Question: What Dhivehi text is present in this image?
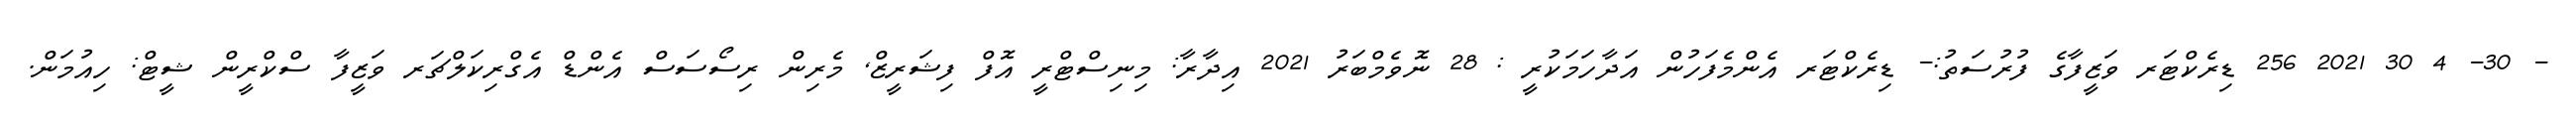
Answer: - 30- 4 30 2021 256 ޑިރެކްޓަރ ވަޒީފާގެ ފުރުސަތު:- ޑިރެކްޓަރ އެންމެފަހުން އަދާހަމަކުރީ : 28 ނޮވެމްބަރު 2021 އިދާރާ: މިނިސްޓްރީ އޮފް ފިޝަރީޒް, މެރިން ރިސޯސަސް އެންޑް އެގްރިކަލްޗަރ ވަޒީފާ ސްކްރީން ޝީޓް: ހިއުމަން.